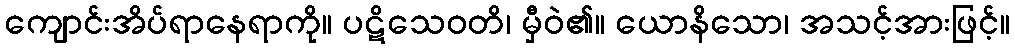
ကျောင်းအိပ်ရာနေရာကို။ ပဋိသေဝတိ၊ မှီဝဲ၏။ ယောနိသော၊ အသင့်အားဖြင့်။